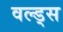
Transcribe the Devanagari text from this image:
वल्ड्स